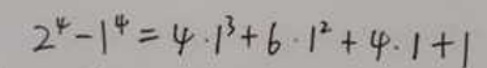
\[2^{4}-1^{4}=4\cdot1^{3}+6\cdot1^{2}+4\cdot1 + 1\]